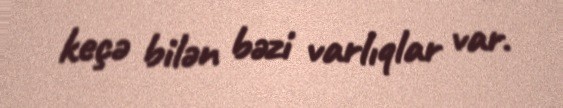
keçə bilən bəzi varlıqlar var.